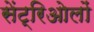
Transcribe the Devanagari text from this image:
सेंट्रिओलों